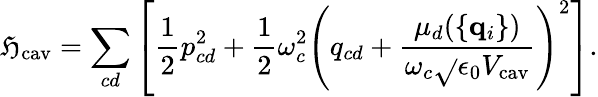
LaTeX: \mathfrak{H}_{\mathrm{{cav}}}=\sum_{cd}\left[{\frac{{1}}{{2}}}{p}_{cd}^{2}+{\frac{{1}}{{2}}}\omega_{c}^{2}\left({q}_{cd}+{\frac{{\mu_{d}(\{ {\mathbf{q}}_{i}\} )}}{{\omega_{c}\sqrt{}{{\epsilon_{0}V_{\mathrm{{cav}}}}}}}}\right)^{2}\right].